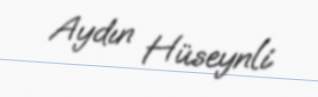
Aydın Hüseynli